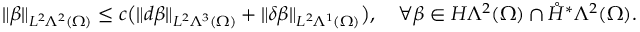
\Vert \beta \Vert _ { L ^ { 2 } \Lambda ^ { 2 } ( \Omega ) } \leq c \big ( \Vert d \beta \Vert _ { L ^ { 2 } \Lambda ^ { 3 } ( \Omega ) } + \Vert \delta \beta \Vert _ { L ^ { 2 } \Lambda ^ { 1 } ( \Omega ) } \big ) , \quad \forall \beta \in H \Lambda ^ { 2 } ( \Omega ) \cap \mathring { H } ^ { \ast } \Lambda ^ { 2 } ( \Omega ) .